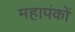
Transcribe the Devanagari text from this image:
महापंकों